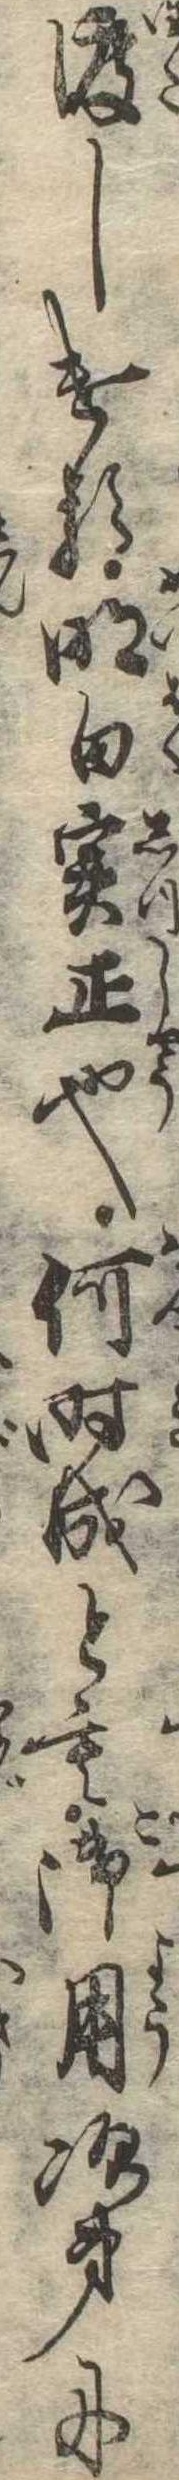
渡しける明白実正也何時成とも御用次第に